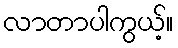
လာတာပါကွယ့်။